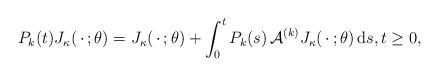
LaTeX: \begin{align*}P_k(t) J_\kappa(\,\cdot\,;\theta)=J_\kappa(\,\cdot\,;\theta)+\int_0^tP_k(s)\,{\mathcal A}^{(k)}J_\kappa(\,\cdot\,;\theta)\,\mathrm{d}s,t\ge0, \end{align*}